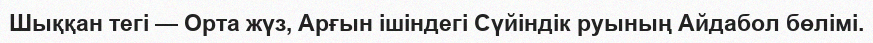
Шыққан тегі — Орта жүз, Арғын ішіндегі Сүйіндік руының Айдабол бөлімі.